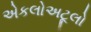
એકલોઅટૂલો